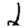
Digit: 2